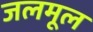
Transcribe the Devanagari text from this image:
जलमूल